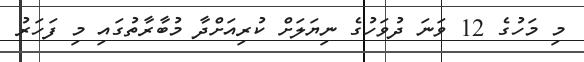
މި މަހުގެ 12 ވަނަ ދުވަހުގެ ނިޔަލަށް ކުރިއަށްދާ މުބާރާތުގައި މި ފަހަރު